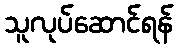
သူလုပ်ဆောင်ရန်